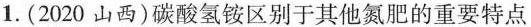
1.(2020 山西)碳酸氢铵区别于其他氮肥的重要特点